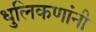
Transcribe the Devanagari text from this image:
धुलिकणांनी